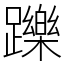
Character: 躒